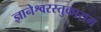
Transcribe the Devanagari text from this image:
ज्ञानेश्वरस्तुकाराम